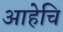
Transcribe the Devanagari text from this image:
आहेचि